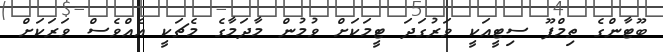
ބޫޓާންގެ ތިމްޕޫ ސިޓީއަކީ ވަރުގަދަ ޓީމަކަށް ވުމުން މާދަމާގެ މެޗަކީ އެއްވެސް ވަރަކަށް